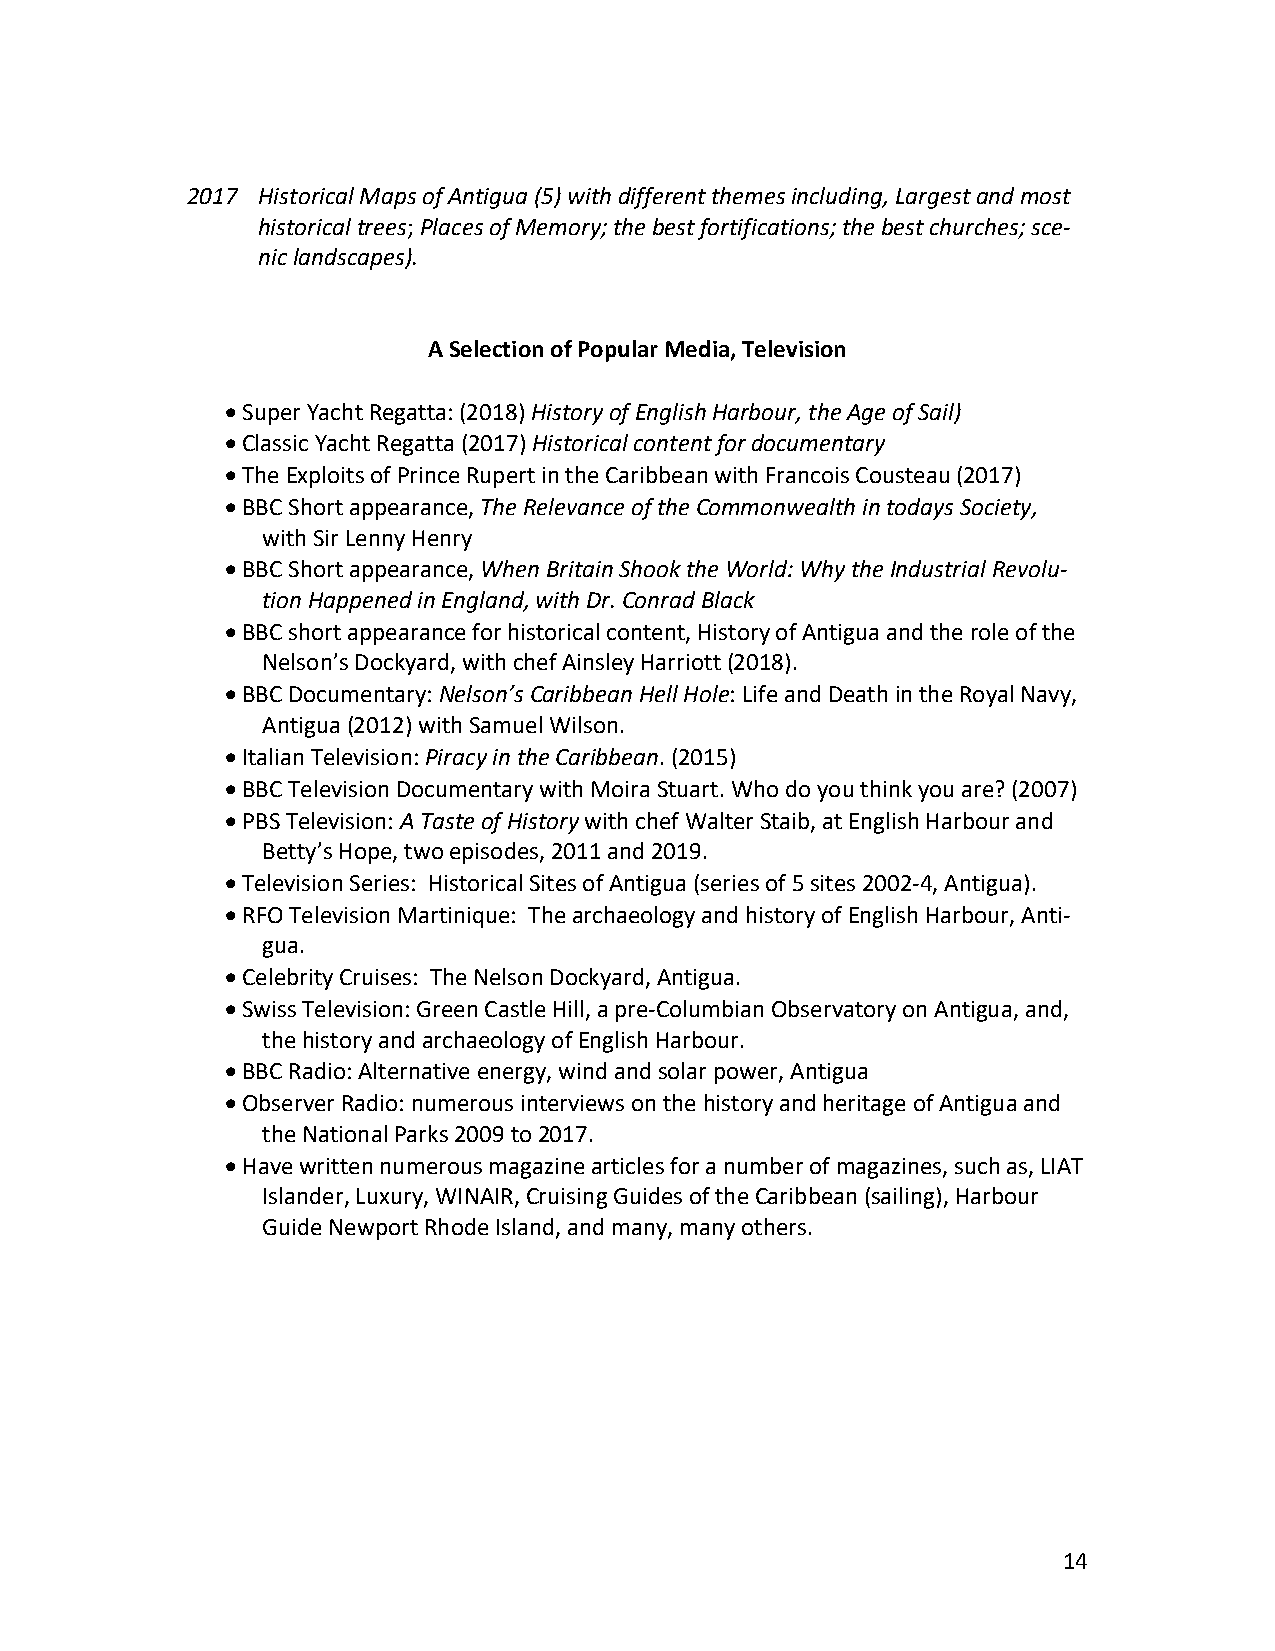
2017 Historical Maps of Antigua (5) with different themes including, Largest and most
 historical trees; Places of Memory; the best fortifications; the best churches; sce-
 nic landscapes).
 A Selection of Popular Media, Television
 • Super Yacht Regatta: (2018) History of English Harbour, the Age of Sail)
 • Classic Yacht Regatta (2017) Historical content for documentary
 • The Exploits of Prince Rupert in the Caribbean with Francois Cousteau (2017)
 • BBC Short appearance, The Relevance of the Commonwealth in todays Society,
 with Sir Lenny Henry
 • BBC Short appearance, When Britain Shook the World: Why the Industrial Revolu-
 tion Happened in England, with Dr. Conrad Black
 • BBC short appearance for historical content, History of Antigua and the role of the
 Nelson’s Dockyard, with chef Ainsley Harriott (2018).
 • BBC Documentary: Nelson’s Caribbean Hell Hole: Life and Death in the Royal Navy,
 Antigua (2012) with Samuel Wilson.
 • Italian Television: Piracy in the Caribbean. (2015)
 • BBC Television Documentary with Moira Stuart. Who do you think you are? (2007)
 • PBS Television: A Taste of History with chef Walter Staib, at English Harbour and
 Betty’s Hope, two episodes, 2011 and 2019.
 • Television Series: Historical Sites of Antigua (series of 5 sites 2002-4, Antigua).
 • RFO Television Martinique: The archaeology and history of English Harbour, Anti-
 gua.
 • Celebrity Cruises: The Nelson Dockyard, Antigua.
 • Swiss Television: Green Castle Hill, a pre-Columbian Observatory on Antigua, and,
 the history and archaeology of English Harbour.
 • BBC Radio: Alternative energy, wind and solar power, Antigua
 • Observer Radio: numerous interviews on the history and heritage of Antigua and
 the National Parks 2009 to 2017.
 • Have written numerous magazine articles for a number of magazines, such as, LIAT
 Islander, Luxury, WINAIR, Cruising Guides of the Caribbean (sailing), Harbour
 Guide Newport Rhode Island, and many, many others.
 14